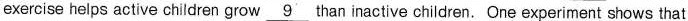
exercise helps active children grow\underline{9} than inactive children. One experiment shows that